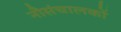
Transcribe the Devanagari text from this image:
नौसंचालकों